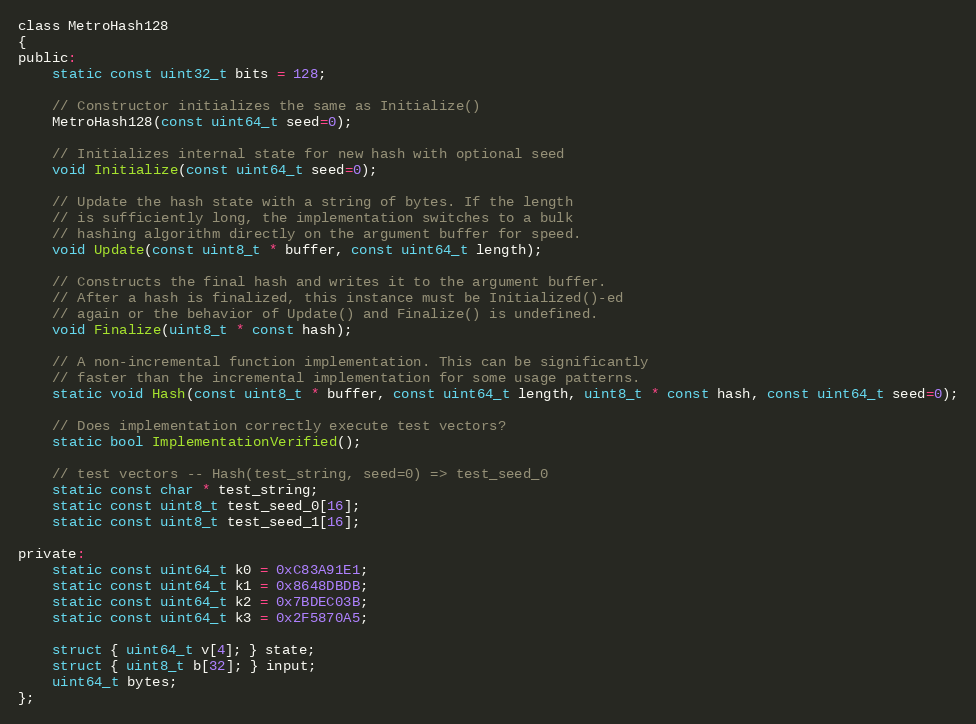
Language: C
class MetroHash128
{
public:
    static const uint32_t bits = 128;

    // Constructor initializes the same as Initialize()
    MetroHash128(const uint64_t seed=0);

    // Initializes internal state for new hash with optional seed
    void Initialize(const uint64_t seed=0);

    // Update the hash state with a string of bytes. If the length
    // is sufficiently long, the implementation switches to a bulk
    // hashing algorithm directly on the argument buffer for speed.
    void Update(const uint8_t * buffer, const uint64_t length);

    // Constructs the final hash and writes it to the argument buffer.
    // After a hash is finalized, this instance must be Initialized()-ed
    // again or the behavior of Update() and Finalize() is undefined.
    void Finalize(uint8_t * const hash);

    // A non-incremental function implementation. This can be significantly
    // faster than the incremental implementation for some usage patterns.
    static void Hash(const uint8_t * buffer, const uint64_t length, uint8_t * const hash, const uint64_t seed=0);

    // Does implementation correctly execute test vectors?
    static bool ImplementationVerified();

    // test vectors -- Hash(test_string, seed=0) => test_seed_0
    static const char * test_string;
    static const uint8_t test_seed_0[16];
    static const uint8_t test_seed_1[16];

private:
    static const uint64_t k0 = 0xC83A91E1;
    static const uint64_t k1 = 0x8648DBDB;
    static const uint64_t k2 = 0x7BDEC03B;
    static const uint64_t k3 = 0x2F5870A5;

    struct { uint64_t v[4]; } state;
    struct { uint8_t b[32]; } input;
    uint64_t bytes;
};